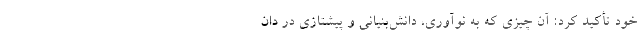
خود تأکید کرد: آن چیزی که به نوآوری، دانش‌بنیانی و پیشتازی در دان